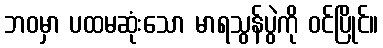
ဘဝမှာ ပထမဆုံးသော မာရသွန်ပွဲကို ဝင်ပြိုင်။